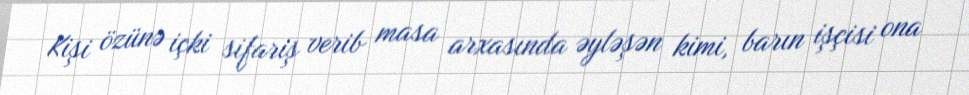
Kişi özünə içki sifariş verib masa arxasında əyləşən kimi, barın işçisi ona